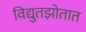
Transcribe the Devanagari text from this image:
विद्युतझोतात